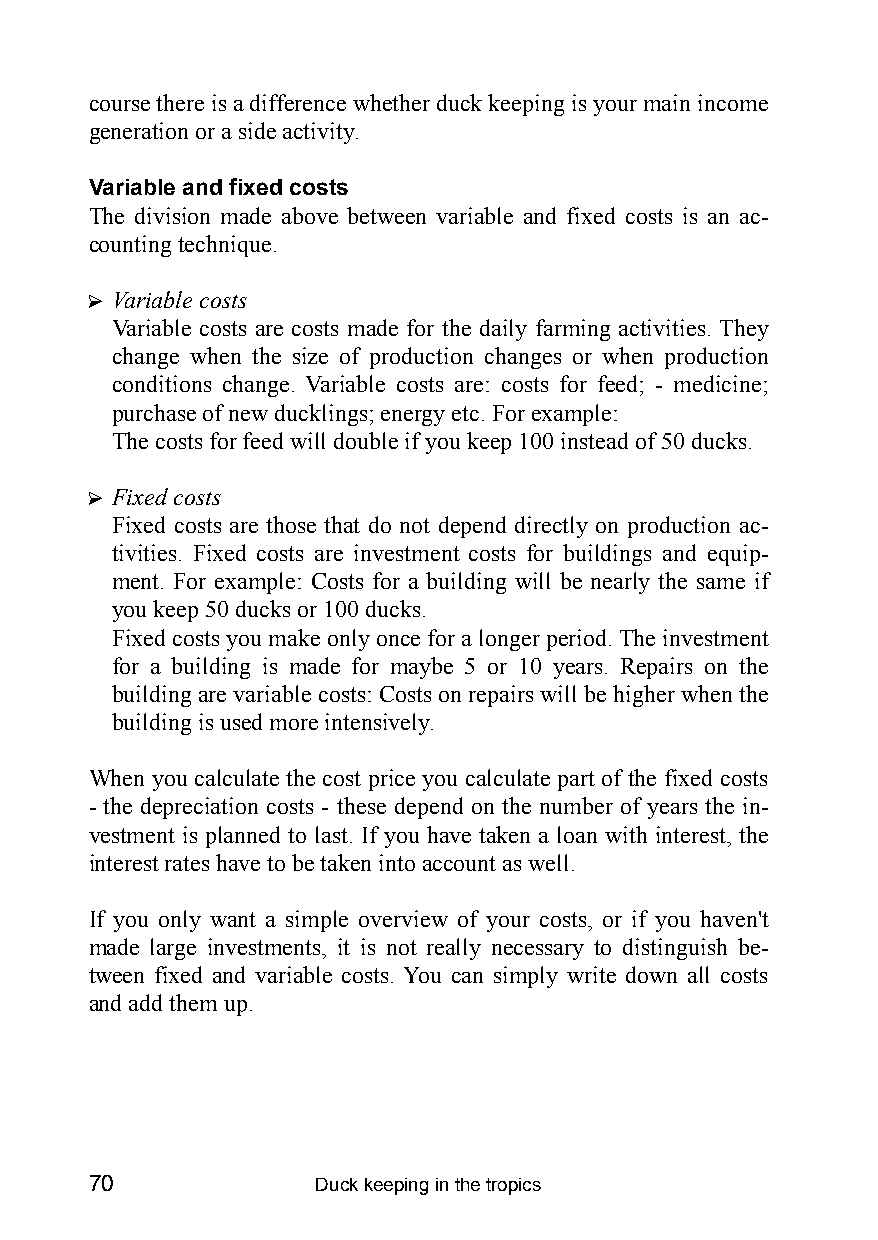
course there is a difference whether duck keeping is your main income
 generation or a side activity.
 Variable and fixed costs
 The division made above between variable and fixed costs is an ac-
 counting technique.
 ? Variable costs
 Variable costs are costs made for the daily farming activities. They
 change when the size of production changes or when production
 conditions change. Variable costs are: costs for feed; - medicine;
 purchase of new ducklings; energy etc. For example:
 The costs for feed will double if you keep 100 instead of 50 ducks.
 ? Fixed costs
 Fixed costs are those that do not depend directly on production ac-
 tivities. Fixed costs are investment costs for buildings and equip-
 ment. For example: Costs for a building will be nearly the same if
 you keep 50 ducks or 100 ducks.
 Fixed costs you make only once for a longer period. The investment
 for a building is made for maybe 5 or 10 years. Repairs on the
 building are variable costs: Costs on repairs will be higher when the
 building is used more intensively.
 When you calculate the cost price you calculate part of the fixed costs
 - the depreciation costs - these depend on the number of years the in-
 vestment is planned to last. If you have taken a loan with interest, the
 interest rates have to be taken into account as well.
 If you only want a simple overview of your costs, or if you haven’t
 made large investments, it is not really necessary to distinguish be-
 tween fixed and variable costs. You can simply write down all costs
 and add them up.
 70             Duck keeping in the tropics